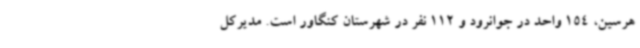
هرسین، 154 واحد در جوانرود و 112 نفر در شهرستان کنگاور است. مدیرکل